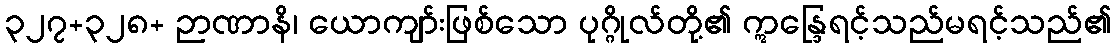
၃၂၇+၃၂၈+ ဉာဏာနိ၊ ယောကျာ်းဖြစ်သော ပုဂ္ဂိုလ်တို့၏ ဣန္ဒြေရင့်သည်မရင့်သည်၏